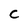
Character: C